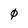
Character: 0